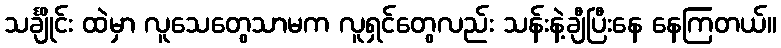
သင်္ချိုင်း ထဲမှာ လူသေတွေသာမက လူရှင်တွေလည်း သန်းနဲ့ချီပြီးနေ နေကြတယ်။